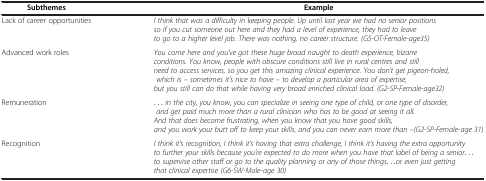
| Subthemes | Example |
 | --- | --- |
 | Lack of career opportunities | I think that was a difficulty in keeping people. Up until last year we had no senior positions so if you cut someone out here and they had a level of experience, they had to leave to go to a higher level job. There was nothing, no career structure. (G5-OT-Female-age35) |
 | Advanced work roles | You come here and you've got these huge broad naught to death experience, bizarre conditions. You know, people with obscure conditions still live in rural centres and still need to access services, so you get this amazing clinical experience. You don't get pigeon-holed, which is – sometimes it's nice to have – to develop a particular area of expertise, but you still can do that while having very broad enriched clinical load. (G2-SP-Female-age32) |
 | Remuneration | ... in the city, you know, you can specialize in seeing one type of child, or one type of disorder, and get paid much more than a rural clinician who has to be good at seeing it all. And that does become frustrating, when you know that you have good skills, and you work your butt off to keep your skills, and you can never earn more than –(G2-SP-Female-age 31) |
 | Recognition | I think it's recognition, I think it's having that extra challenge, I think it's having the extra opportunity to further your skills because you're expected to do more when you have that label of being a senior... to supervise other staff or go to the quality planning or any of those things...or even just getting that clinical expertise (G6-SW-Male-age 30) |